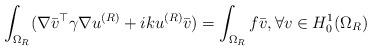
LaTeX: \begin{align*}\int_{\Omega_R} (\nabla \bar{v}^\top \gamma \nabla u^{(R)} + ik u^{(R)} \bar v) = \int_{\Omega_R} f\bar{v},\forall v\in H^1_0(\Omega_R)\end{align*}